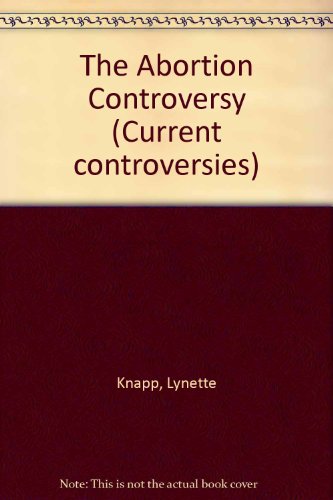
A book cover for Current Controversies - The Abortion Controversy (hardcover edition); Lynette Knapp; Teen & Young Adult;